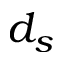
d _ { s }